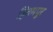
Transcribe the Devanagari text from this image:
हितमपुर